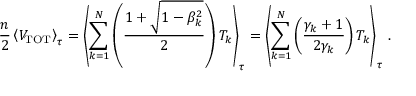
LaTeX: { \frac { n } { 2 } } \left\langle V _ { \mathrm { T O T } } \right\rangle _ { \tau } = \left\langle \sum _ { k = 1 } ^ { N } \left( { \frac { 1 + { \sqrt { 1 - \beta _ { k } ^ { 2 } } } } { 2 } } \right) T _ { k } \right\rangle _ { \tau } = \left\langle \sum _ { k = 1 } ^ { N } \left( { \frac { \gamma _ { k } + 1 } { 2 \gamma _ { k } } } \right) T _ { k } \right\rangle _ { \tau } \, .